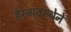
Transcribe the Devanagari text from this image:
हेरव्यवस्थेने